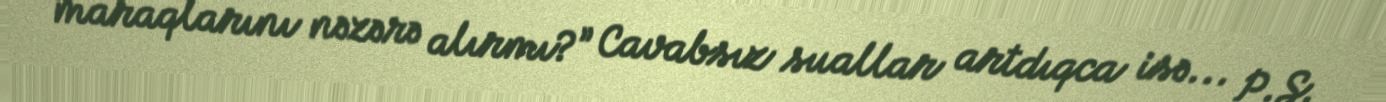
maraqlarını nəzərə alırmı?” Cavabsız suallar artdıqca isə... P.S.